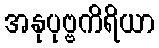
အနုပုဗ္ဗကိရိယာ